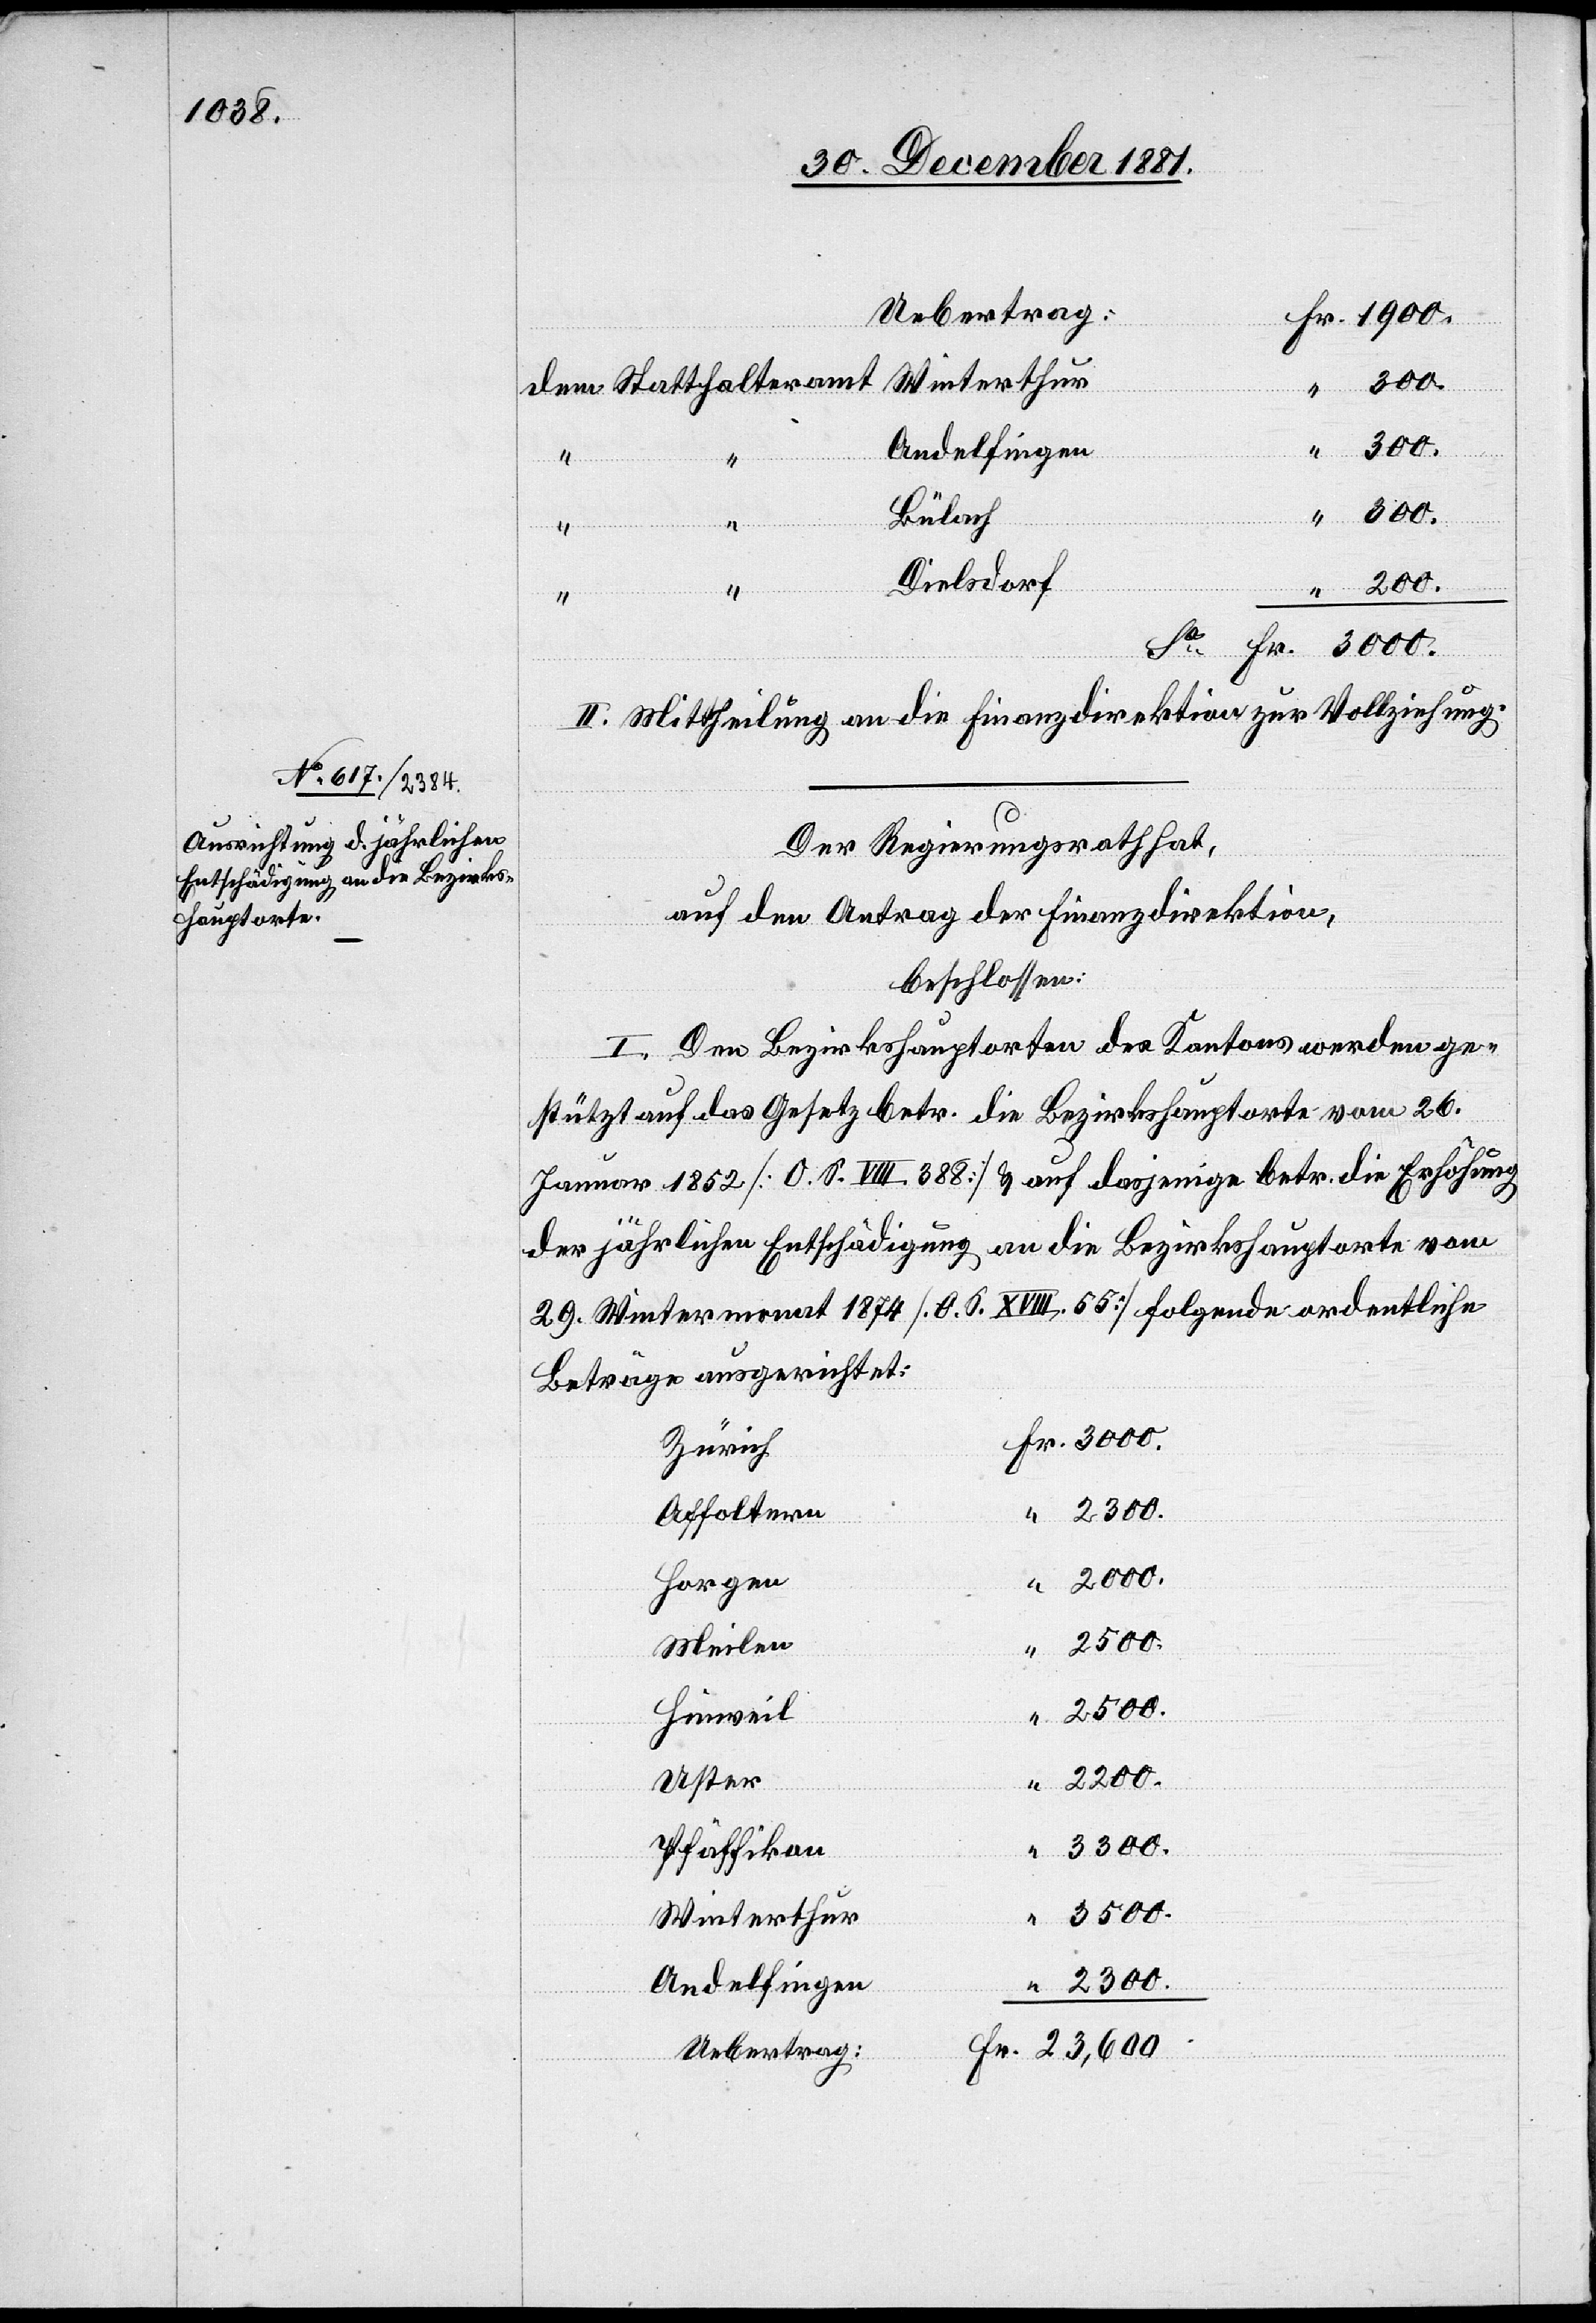
200.
Fr.
“
Andelfingen
“
teramt
3300.
Bülach
Dielsdorf
Statthal¬
II. Mittheilung an die Finanzdirektion zur Vollziehung.
Der Regierungsrath hat,
auf den Antrag der Finanzdirektion,
beschlossen:
I. Den Bezirkshauptorten des Kantons werden ge¬
stützt auf das Gesetz betr. die Bezirkshauptorte vom 26.
Januar 1882 [O. S. VIII. 388] & auf dasjenige betr. die Erhöhung
der jährlichen Entschädigung an die Bezirkshauptorte vom
29. Wintermonat 1874 [O. S. XVIII. 55] folgende ordentliche
Beträge ausgerichtet:
Zürich
Affoltern
Horgen
23,600.
Meilen
Hinweil
Uster
Pfäffikon
Winterthur
Uebertrag: